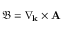
\boldsymbol { \mathfrak { B } } = \nabla _ { \mathbf { k } } \times \mathbf { A }